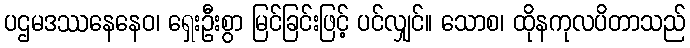
ပဌမဒဿနေနေဝ၊ ရှေးဦးစွာ မြင်ခြင်းဖြင့် ပင်လျှင်။ သောစ၊ ထိုနကုလပိတာသည်